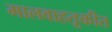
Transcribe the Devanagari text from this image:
मालवाहतूकीत